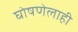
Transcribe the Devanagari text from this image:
घोषणेलाही